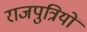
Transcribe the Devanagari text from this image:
राजपुत्रियों